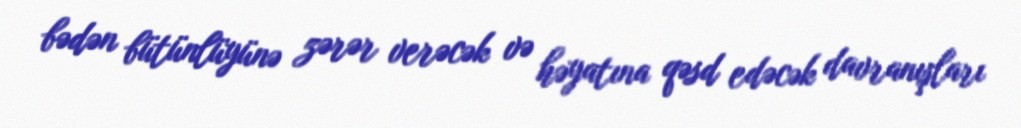
bədən bütünlüyünə zərər verəcək və həyatına qəsd edəcək davranışları